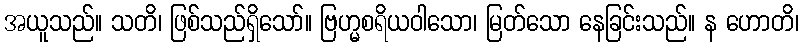
အယူသည်။ သတိ၊ ဖြစ်သည်ရှိသော်။ ဗြဟ္မစရိယဝါသော၊ မြတ်သော နေခြင်းသည်။ န ဟောတိ၊